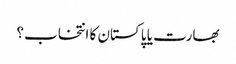
بھارت یا پاکستان کا انتخاب؟